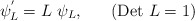
\begin{align*}\psi_{L}^{'} = L~\psi_{L},~~~~~({\rm Det}~L = 1)\end{align*}